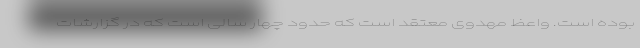
بوده است. واعظ مهدوی معتقد است که حدود چهار سالی است که در گزارشات